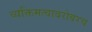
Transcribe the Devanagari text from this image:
व्यक्तिमत्वाबरोबरच